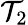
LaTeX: \mathcal{T}_{2}